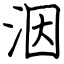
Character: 洇